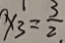
y _ { 3 } = \frac { 3 } { 2 }